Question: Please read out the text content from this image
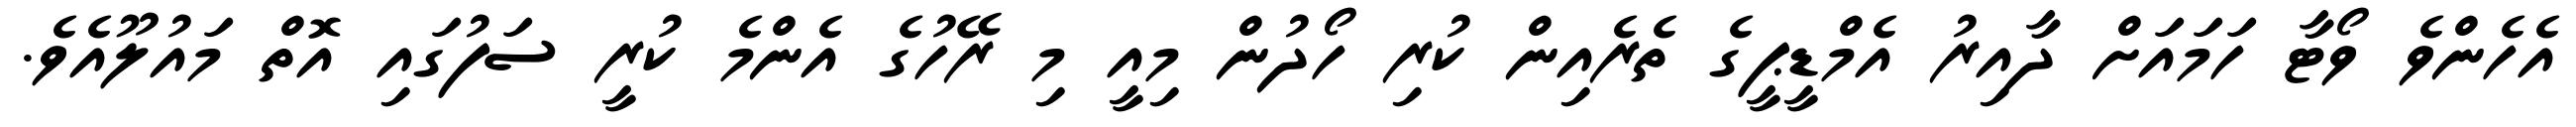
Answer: އެހެންވެ ވޯޓާ ހަމައަށް ދާއިރު އެމްޑީޕީގެ ތެރެއިން ކުރި ހޯދުން މިއީ މި ރޭހުގެ އެންމެ ކުރީ ސަފުގައި އޮތް މައުލޫއެވެ.